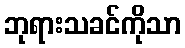
ဘုရားသခင်ကိုသာ